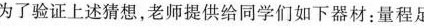
为了验证上述猜想，老师提供给同学们如下器材；量程足